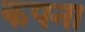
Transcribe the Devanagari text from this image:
कपना